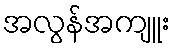
အလွန်အကျူး